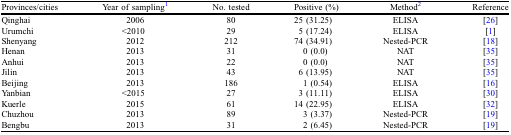
<table><thead><tr><td><b>Provinces/cities</b></td><td><b>Year of sampling1</b></td><td><b>No. tested</b></td><td><b>Positive (%)</b></td><td><b>Method2</b></td><td><b>Reference</b></td></tr></thead><tbody><tr><td>Qinghai</td><td>2006</td><td>80</td><td>25 (31.25)</td><td>ELISA</td><td>[26]</td></tr><tr><td>Urumchi</td><td>&lt;2010</td><td>29</td><td>5 (17.24)</td><td>ELISA</td><td>[1]</td></tr><tr><td>Shenyang</td><td>2012</td><td>212</td><td>74 (34.91)</td><td>Nested-PCR</td><td>[18]</td></tr><tr><td>Henan</td><td>2013</td><td>31</td><td>0 (0.0)</td><td>NAT</td><td>[35]</td></tr><tr><td>Anhui</td><td>2013</td><td>22</td><td>0 (0.0)</td><td>NAT</td><td>[35]</td></tr><tr><td>Jilin</td><td>2013</td><td>43</td><td>6 (13.95)</td><td>NAT</td><td>[35]</td></tr><tr><td>Beijing</td><td>2013</td><td>186</td><td>1 (0.54)</td><td>ELISA</td><td>[16]</td></tr><tr><td>Yanbian</td><td>&lt;2015</td><td>27</td><td>3 (11.11)</td><td>ELISA</td><td>[30]</td></tr><tr><td>Kuerle</td><td>2015</td><td>61</td><td>14 (22.95)</td><td>ELISA</td><td>[32]</td></tr><tr><td>Chuzhou</td><td>2013</td><td>89</td><td>3 (3.37)</td><td>Nested-PCR</td><td>[19]</td></tr><tr><td>Bengbu</td><td>2013</td><td>31</td><td>2 (6.45)</td><td>Nested-PCR</td><td>[19]</td></tr></tbody></table>